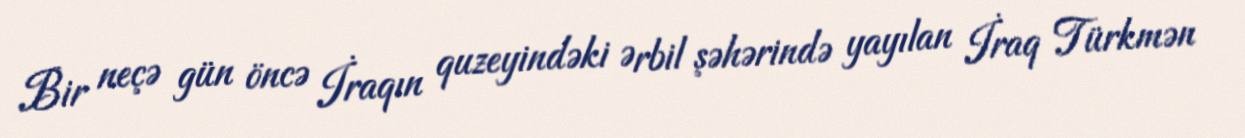
Bir neçə gün öncə İraqın quzeyindəki Ərbil şəhərində yayılan İraq Türkmən